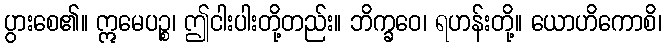
ပွားစေ၏။ ဣမေပဉ္စ၊ ဤငါးပါးတို့တည်း။ ဘိက္ခဝေ၊ ရဟန်းတို့။ ယောဟိကောစိ၊